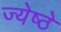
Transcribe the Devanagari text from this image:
ज्येष्ठे